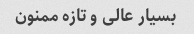
بسیار عالی و تازه ممنون